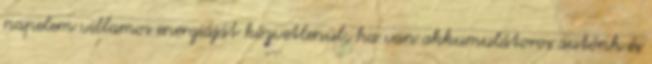
napelem villamos energiáját közvetlenül, ha van akkumulátoros autónk és